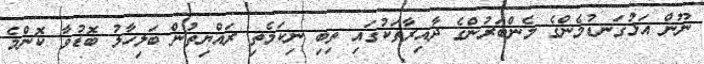
ނޫން އަޅުގަނޑުމެންގެ މެންބަރުންގެ ދާއިރާތަކުގައި ތިބި ނިކަމެތި ރައްޔިތުން ބަލިހާލު ބޮޑުވާ ކޮންމެ